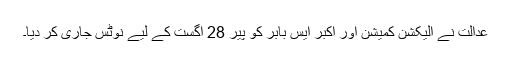
عدالت نے الیکشن کمیشن اور اکبر ایس بابر کو پیر 28 اگست کے لیے نوٹس جاری کر دیا۔